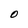
Character: O